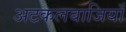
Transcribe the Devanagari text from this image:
अटकलबाजियाँ